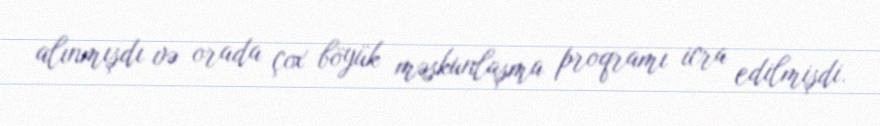
alınmışdı və orada çox böyük məskunlaşma proqramı icra edilmişdi.